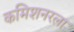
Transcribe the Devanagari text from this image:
कमिशनरला